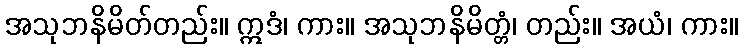
အသုဘနိမိတ်တည်း။ ဣဒံ၊ ကား။ အသုဘနိမိတ္တံ၊ တည်း။ အယံ၊ ကား။